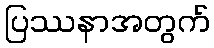
ပြဿနာအတွက်